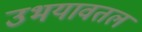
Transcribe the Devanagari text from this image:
उभयावतल